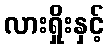
လားရှိုးနှင့်